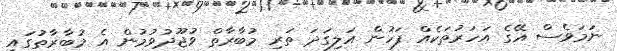
ނަމަވެސް އޭގެ އަހަރުތަކެއް ފަހުން އަލިގަދަ ތަރި މުބާރާތް ވުޖޫދުވުމުން އެ މުބާރާތުގައި